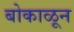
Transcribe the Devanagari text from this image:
बोकाळून